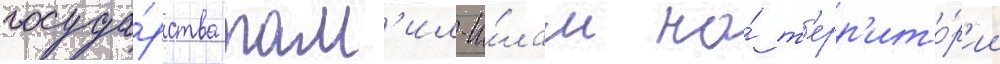
госуда́рства там'ил-и́лам на́ т'ерр'ито́р'ии